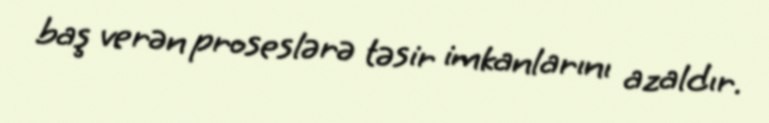
baş verən proseslərə təsir imkanlarını azaldır.